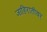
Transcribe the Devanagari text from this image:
जाहिरातीवर